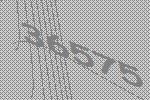
36575